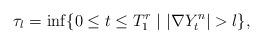
LaTeX: \begin{align*}\tau_l=\inf \{0\leq t\leq T^r_1 \ | \ |\nabla Y^n_t| >l\},\end{align*}